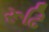
રૂઢિ